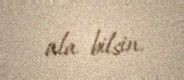
ala bilsin.